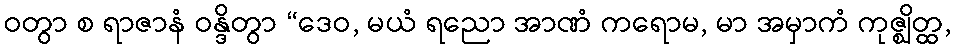
ဝတွာ စ ရာဇာနံ ဝန္ဒိတွာ “ဒေဝ, မယံ ရညော အာဏံ ကရောမ, မာ အမှာကံ ကုဇ္ဈိတ္ထ,